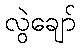
လွဲချော်